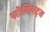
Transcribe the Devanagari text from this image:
सोसिएट्स